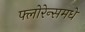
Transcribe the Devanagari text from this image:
फ्लोरेन्समधे